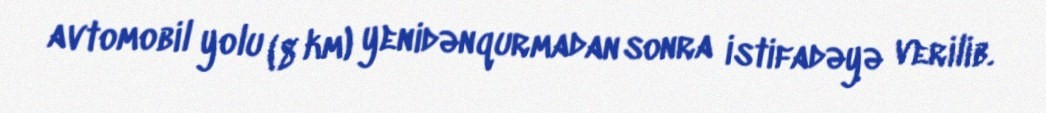
avtomobil yolu (8 km) yenidənqurmadan sonra istifadəyə verilib.